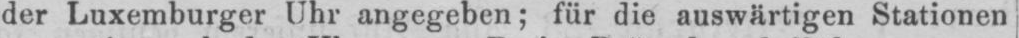
der Luxemburger Uhr angegeben; für die auswärtigen Stationen